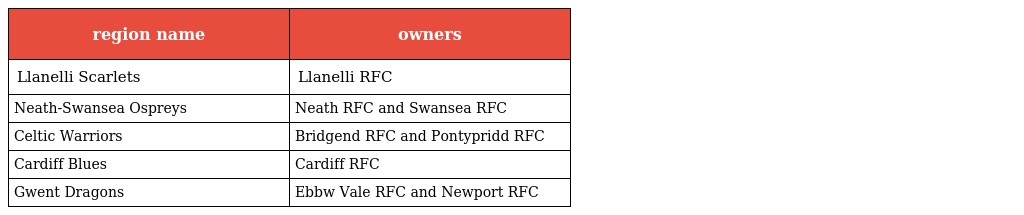
| region name | owners |
 | --- | --- |
 | Llanelli Scarlets | Llanelli RFC |
 | Neath-Swansea Ospreys | Neath RFC and Swansea RFC |
 | Celtic Warriors | Bridgend RFC and Pontypridd RFC |
 | Cardiff Blues | Cardiff RFC |
 | Gwent Dragons | Ebbw Vale RFC and Newport RFC |